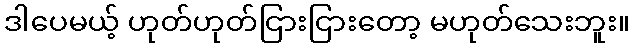
ဒါပေမယ့် ဟုတ်ဟုတ်ငြားငြားတော့ မဟုတ်သေးဘူး။